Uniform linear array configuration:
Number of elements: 16
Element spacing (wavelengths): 0.5
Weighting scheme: uniform
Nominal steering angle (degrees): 0
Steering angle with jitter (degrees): -1.762
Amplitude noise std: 0.05
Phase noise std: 0.05

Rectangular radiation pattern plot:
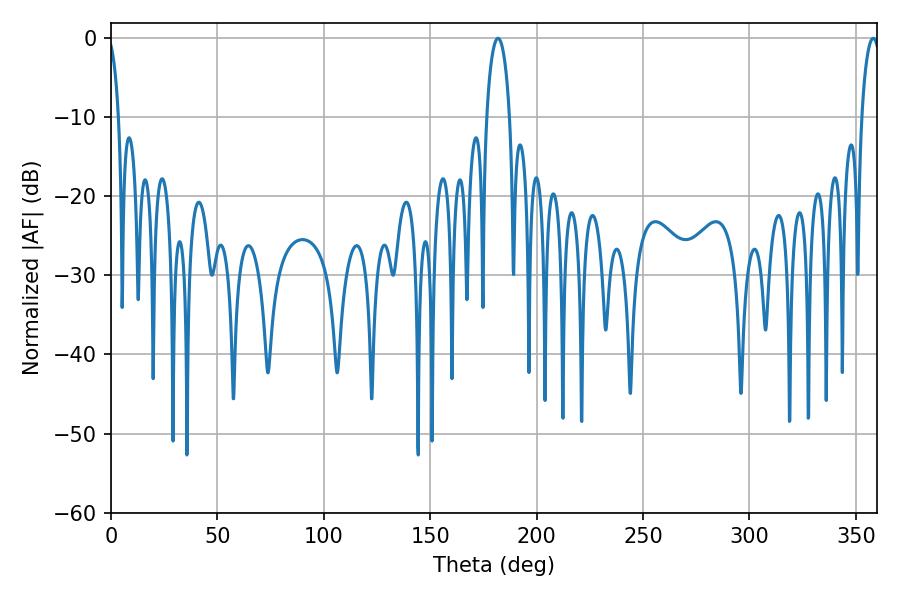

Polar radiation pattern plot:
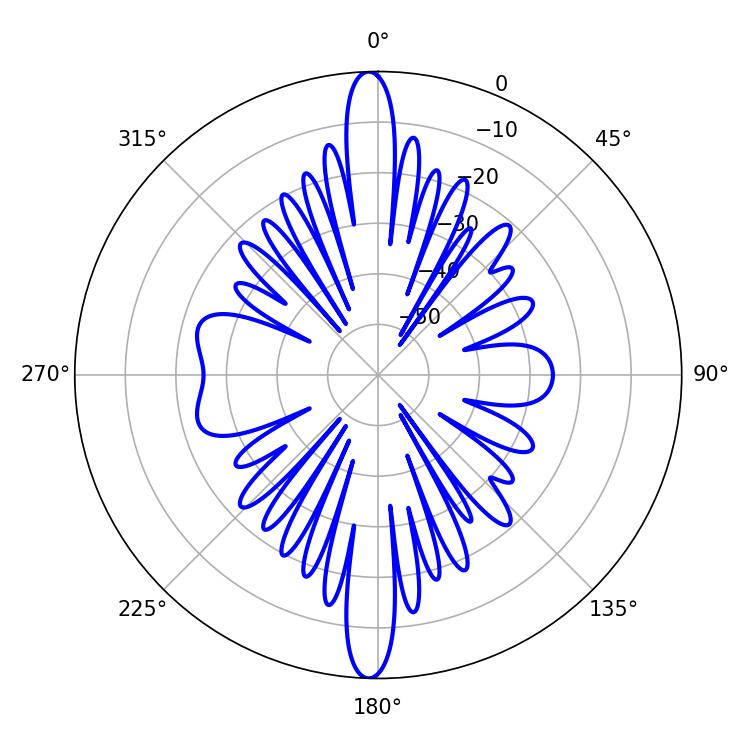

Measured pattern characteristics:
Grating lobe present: FALSE
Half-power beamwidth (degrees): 6.3
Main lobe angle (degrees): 181.8